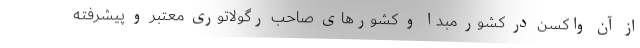
از آن واکسن در کشور مبدا و کشورهای صاحب رگولاتوری معتبر و پیشرفته